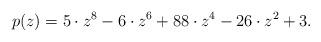
LaTeX: \begin{align*} p(z) = 5 \cdot z^8 - 6 \cdot z^6 + 88 \cdot z^4 - 26\cdot z^2 + 3. \end{align*}